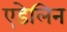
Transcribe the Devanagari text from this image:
एडेलिन